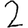
Digit: 2